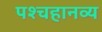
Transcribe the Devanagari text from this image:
पश्चहानव्य